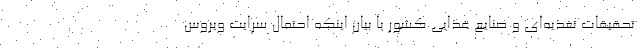
تحقیقات تغذیه‌ای و صنایع غذایی کشور با بیان اینکه احتمال سرایت ویروس